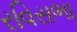
રવિસભા